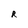
Character: R